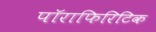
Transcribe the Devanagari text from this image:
पॉराफिरिटिक